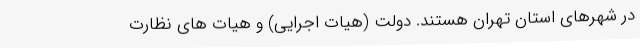
در شهرهای استان تهران هستند. دولت (هیات اجرایی) و هیات های نظارت